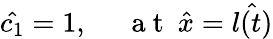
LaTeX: \hat{c_{1}}=1,~~~~~\mathrm{~a~t~}~\hat{x}=\hat{l(t)}